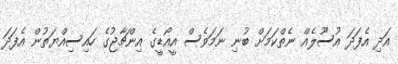
އަދި އެފަދަ އުސޫލެއް ނެތްކަމަށް ބުނި ނަމަވެސް އީއޯޑީގެ އިންޗާޖުގެ ހައިސިއްޔަތުން އެފަދަ